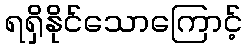
ရရှိနိုင်သောကြောင့်